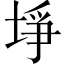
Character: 埩